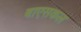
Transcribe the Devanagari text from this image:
बाएसकल